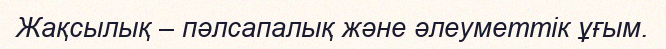
Жақсылық – пәлсапалық және әлеуметтік ұғым.